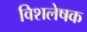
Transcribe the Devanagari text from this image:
विशलेषक